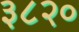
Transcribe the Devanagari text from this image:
३८२०